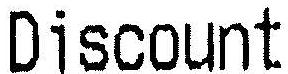
DISCOUNT